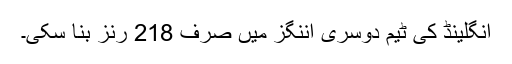
انگلینڈ کی ٹیم دوسری اننگز میں صرف 218 رنز بنا سکی۔